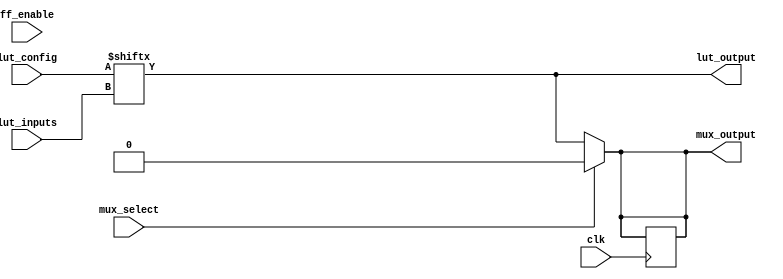
module CLB (
    input wire [3:0] lut_inputs,     // Inputs to the LUT (4 inputs for simplicity)
    input wire [15:0] lut_config,     // LUT configuration (16 possible output combinations)
    input wire mux_select,            // MUX select signal
    input wire clk,                   // Clock for flip-flops
    input wire ff_enable,             // Flip-flop enable signal
    output wire lut_output,           // Output from the LUT
    output wire mux_output            // Output from the MUX
);

// Look-Up Table (LUT)
reg lut_output_reg;
always @(*) begin
    lut_output_reg = lut_config[lut_inputs]; // Determine output based on LUT config
end

assign lut_output = lut_output_reg;

// Multiplexer (MUX)
wire mux_input0, mux_input1;
assign mux_input0 = lut_output; // MUX input 0 from LUT output
assign mux_input1 = 1'b0;       // MUX input 1 can be another source (e.g., constant 0)

assign mux_output = mux_select ? mux_input1 : mux_input0; // Select between MUX inputs

// Flip-Flop (FF)
reg ff_output_reg;
always @(posedge clk) begin
    if (ff_enable) begin
        ff_output_reg <= mux_output; // Store the output of the MUX in the FF
    end
end

// Final output from the CLB
assign mux_output = ff_output_reg;

endmodule